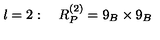
l = 2 : \quad R _ { P } ^ { ( 2 ) } = 9 _ { B } \times 9 _ { B }